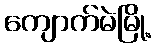
ကျောက်မဲမြို့